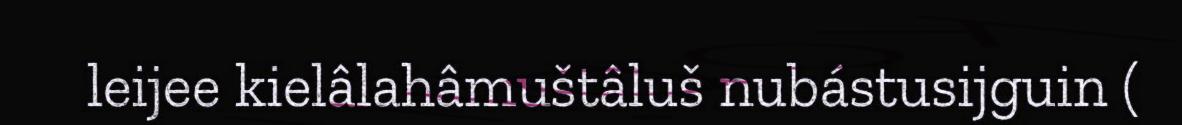
leijee kielâlahâmuštâluš nubástusijguin (